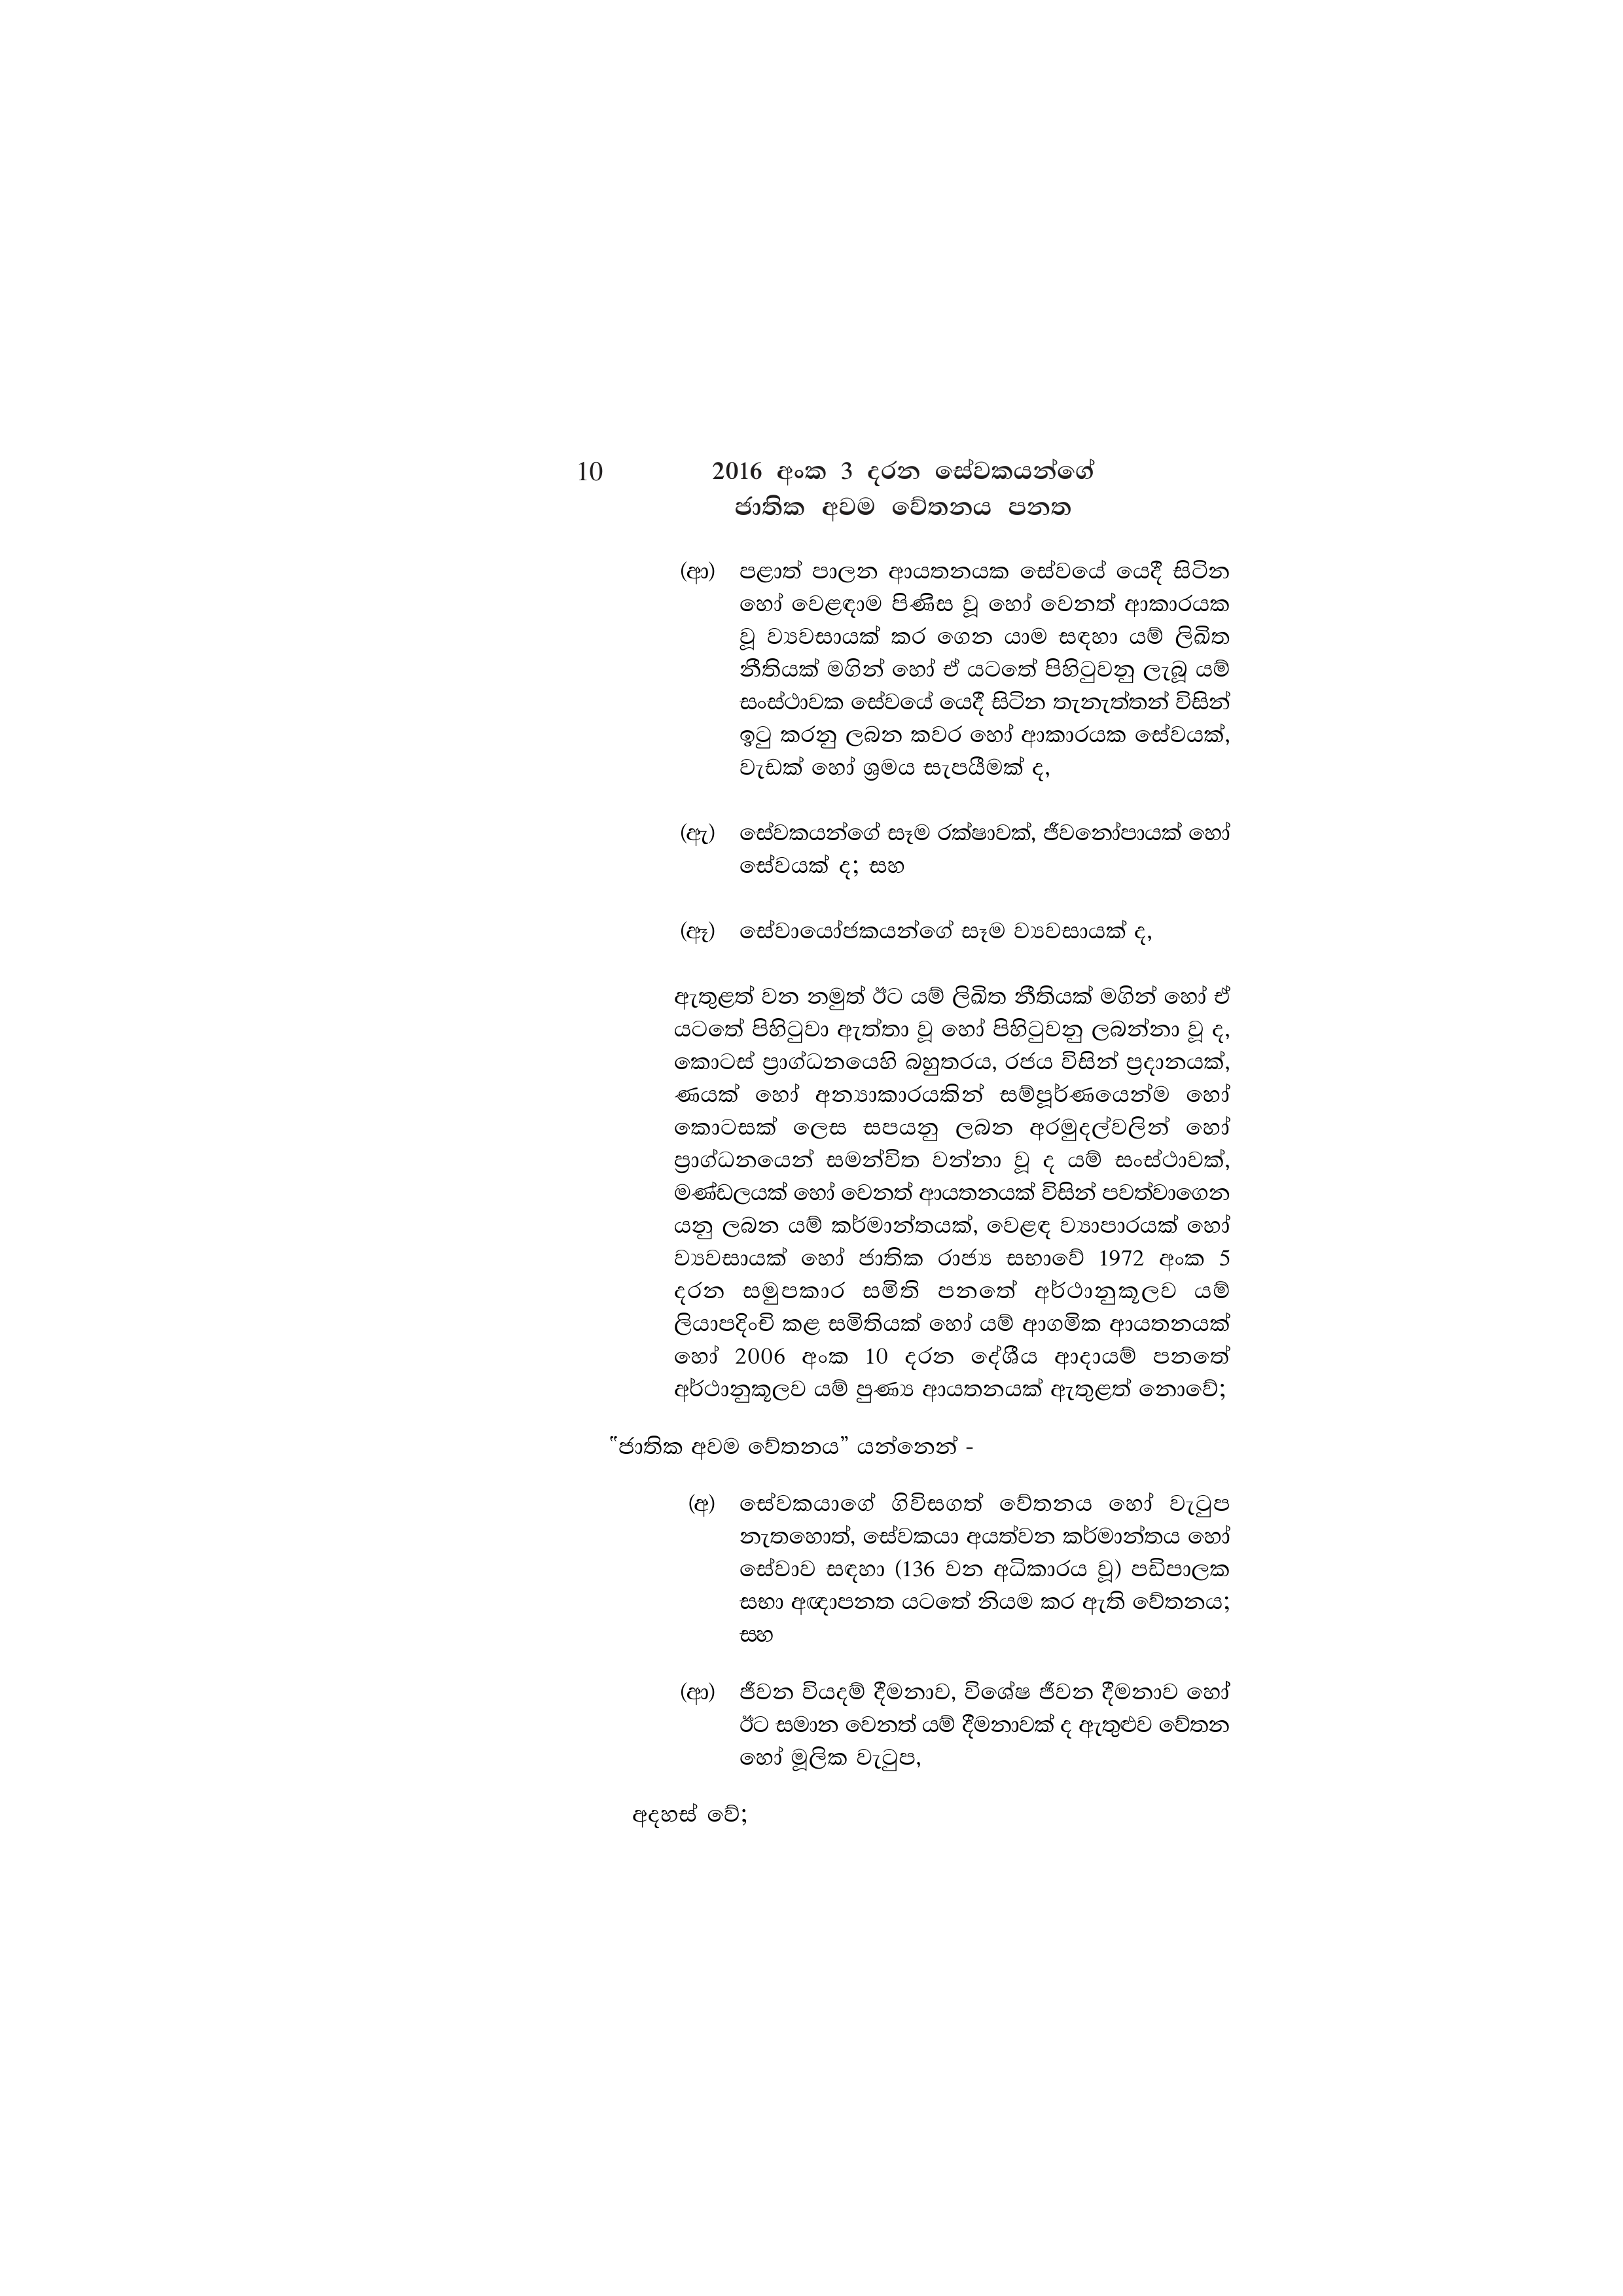
10 2016 අංක 3 දරන සේවකයන්ගේ
ජාතික අවම වේතනය පනත

(ආ) පළාත් පාලන ආයතනයක සේවයේ යෙදී සිටින
හෝ වෙළඳාම පිණිස වූ හෝ වෙනත් ආකාරයක
වූ ව්‍යවසායක් කර ගෙන යාම සඳහා යම් ලිඛිත
නීතියක් මගින් හෝ ඒ යටතේ පිහිටුවනු ලැබූ යම්
සංස්ථාවක සේවයේ යෙදී සිටින තැනැත්තන් විසින්
ඉටු කරනු ලබන කවර හෝ ආකාරයක සේවයක්,
වැඩක් හෝ ශ්‍රමය සැපයීමක් ද,

(ඇ) සේවකයන්ගේ සෑම රක්ෂාවක්, ජීවනෝපායක් හෝ
සේවයක් ද; සහ

(ඈ) සේවායෝජකයන්ගේ සෑම ව්‍යවසායක් ද,

ඇතුළත් වන නමුත් ඊට යම් ලිඛිත නීතියක් මගින් හෝ ඒ
යටතේ පිහිටුවා ඇත්තා වූ හෝ පිහිටුවනු ලබන්නා වූ ද,
කොටස් ප්‍රාග්ධනයෙහි බහුතරය, රජය විසින් ප්‍රදානයක්,
ණයක් හෝ අන්‍යාකාරයකින් සම්පූර්ණයෙන්ම හෝ
කොටසක් ලෙස සපයනු ලබන අරමුදල්වලින් හෝ
ප්‍රාග්ධනයෙන් සමන්විත වන්නා වූ ද යම් සංස්ථාවක්,
මණ්ඩලයක් හෝ වෙනත් ආයතනයක් විසින් පවත්වාගෙන
යනු ලබන යම් කර්මාන්තයක්, වෙළඳ ව්‍යාපාරයක් හෝ
ව්‍යවසායක් හෝ ජාතික රාජ්‍ය සභාවේ 1972 අංක 5
දරන සමුපකාර සමිති පනතේ අර්ථානුකූලව යම්
ලියාපදිංචි කළ සමිතියක් හෝ යම් ආගමික ආයතනයක්
හෝ 2006 අංක 10 දරන දේශීය ආදායම් පනතේ
අර්ථානුකූලව යම් පුණ්‍ය ආයතනයක් ඇතුළත් නොවේ;

"ජාතික අවම වේතනය” යන්නෙන් -

(අ) සේවකයාගේ ගිවිසගත් වේතනය හෝ වැටුප
නැතහොත්, සේවකයා අයත්වන කර්මාන්තය හෝ
සේවාව සඳහා (136 වන අධිකාරය වූ) පඩිපාලක
සභා අඥාපනත යටතේ නියම කර ඇති වේතනය;
සහ

(ආ) ජීවන වියදම් දීමනාව, විශේෂ ජීවන දීමනාව හෝ
ඊට සමාන වෙනත් යම් දීමනාවක් ද ඇතුළුව වේතන
හෝ මූලික වැටුප,

අදහස් වේ;